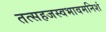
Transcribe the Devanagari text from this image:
तत्सहजस्वभावमनिशं